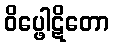
ဝိပ္ဖေါဋိတော